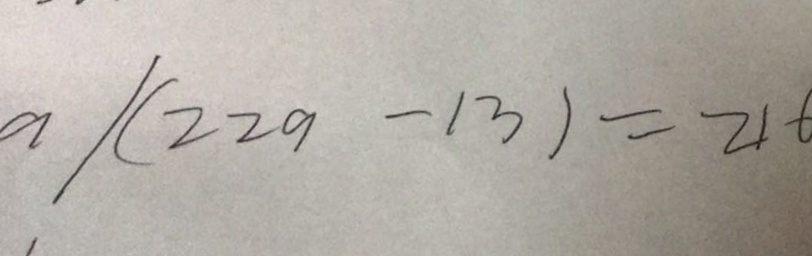
a / ( 2 2 9 - 1 3 ) = 2 1 6